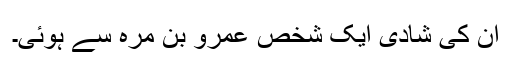
ان کی شادی ایک شخص عمرو بن مرہ سے ہوئی۔